Scientific memoirs by medical officers of the Army of India - Part XII,
Year: 1901
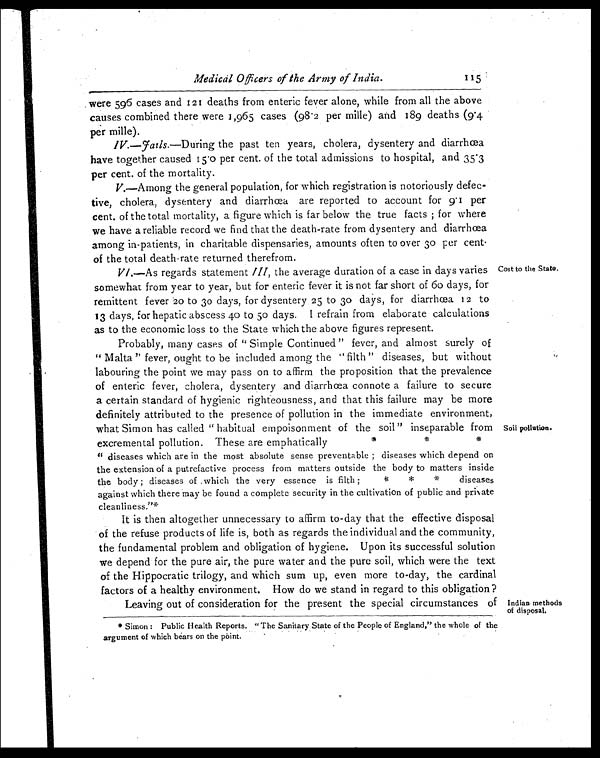
Medical Officers of the Army of India.
were 596 cases and 121 deaths from enteric fever alone, while from all the above
causes combined there were 1,965 cases (98.2 per mille) and 189 deaths (9.4
per mile).
IV.—fails.—During the past ten years, cholera, dysentery and diarrhœa
have together caused 15.0 per cent of the total admissions to hospital, and 35.3
per cent. of the mortality.
V.—Among the general population, for which registration is notoriously defec-
tive, cholera, dysentery and diarrhœa are reported to account for 9.1 per
cent. of the total mortality, a figure which is far below the true facts for where
we have a reliable record we find that the death-rate from dysentery and diarrhœa
among in-patients, in charitable dispensaries, amounts often to over 30 per cent
.
of the total death-rate returned therefrom.
VI .—As regards statement III, the average duration of a case in days varies
somewhat from year to year, but for enteric fever it is not far short of 60 days, for
remittent fever 20 to 30 days, for dysentery 25 to 3o days, for diarrhœa 12 to
13 days, for hepatic abscess 40 to 50 days. I refrain from elaborate calculations
as to the economic loss to the State which the above figures represent.
115
Cost to the State.
Probably, many cases of "Simple Continued" fever, and almost surely of
"Malta" fever, ought to be included among the "filth" diseases, but without
labouring the point we may pass on to affirm the proposition that the prevalence
of enteric fever, cholera, dysentery and diarrhœa connote a failure to secure
a certain standard of hygienic righteousness, and that this failure may be more
definitely attributed to the presence of pollution in the immediate environment,
what Simon has called" habitual empoisonment of the soil" inseparable from
excremental pollution. These are emphatically * * *
"diseases which are in the most absolute sense preventable ; diseases which depend on
the extension of a putrefactive process from matters outside the body to matters inside
the body ; diseases of which the very essence is filth ; * * *diseases
against which there may be found a complete security in the cultivation of public and private
cleanliness."*
It is then altogether unnecessary to affirm to-day that the effective disposal
of the refuse products of life is, both as regards the individual and the community,
the fundamental problem and obligation of hygiene. Upon its successful solution
we depend for the pure air, the pure water and the pure soil, which were the text
of the Hippocratic trilogy, and which sum up, even more to-day, the cardinal
factors of a healthy environment. How do we stand in regard to this obligation?
Leaving out of consideration for the present the special circumstances of
* Simon : Public Health Reports. "The Sanitary State of the People of England," the whole of the
argument of which bears on the point.
Soil pollution.
Indian methods
of disposal.